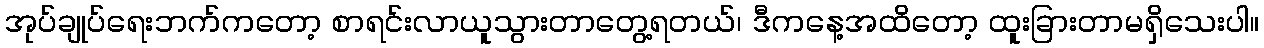
အုပ်ချုပ်ရေးဘက်ကတော့ စာရင်းလာယူသွားတာတွေ့ရတယ်၊ ဒီကနေ့အထိတော့ ထူးခြားတာမရှိသေးပါ။